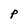
Character: P